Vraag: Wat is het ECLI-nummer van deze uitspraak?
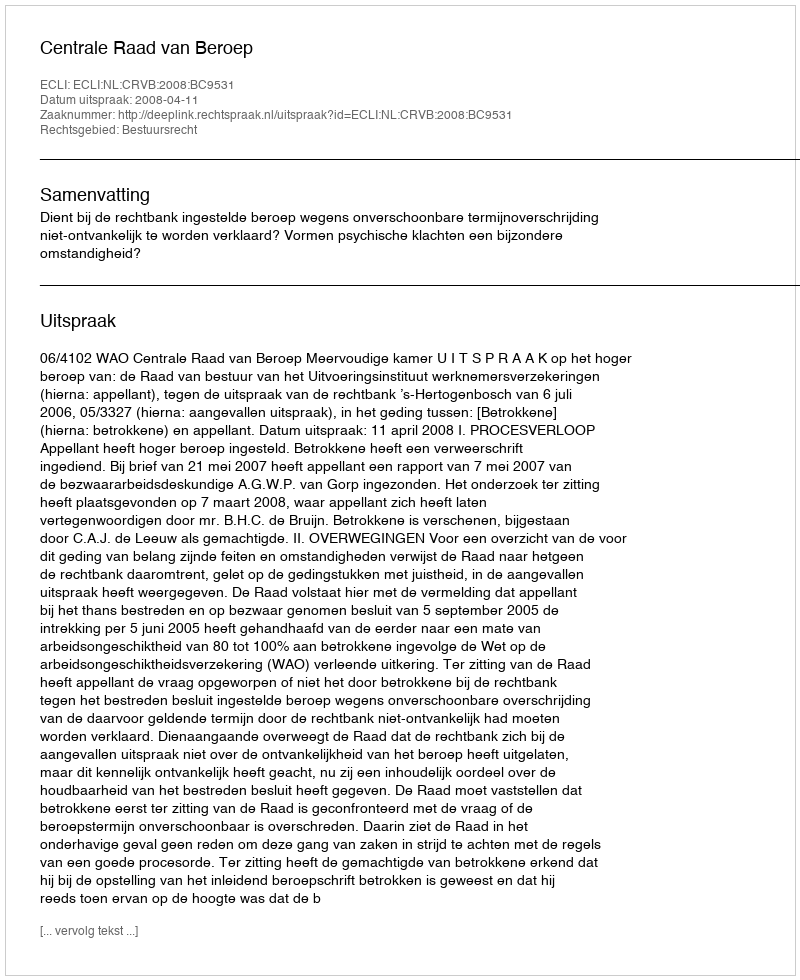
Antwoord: ECLI:NL:CRVB:2008:BC9531